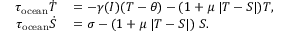
\begin{array} { r l } { \tau _ { \mathrm { o c e a n } } \dot { T } } & { { } = - \gamma ( I ) ( T - \theta ) - ( 1 + \mu \; | T - S | ) T , } \\ { \tau _ { \mathrm { o c e a n } } \dot { S } } & { { } = \sigma - ( 1 + \mu \; | T - S | ) \; S . } \end{array}